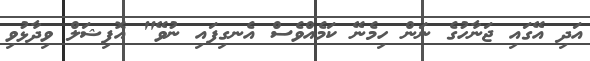
އަދި އޭގައި ޖަނާހުގެ ނަން ހިމެނޭ ކަމެއްވެސް އެނގިފައި ނުވޭ" އޮފިޝަލް ވިދާޅުވި